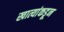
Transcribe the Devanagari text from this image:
खात्यांकडून